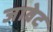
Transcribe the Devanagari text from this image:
जावेट